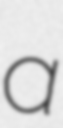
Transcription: a